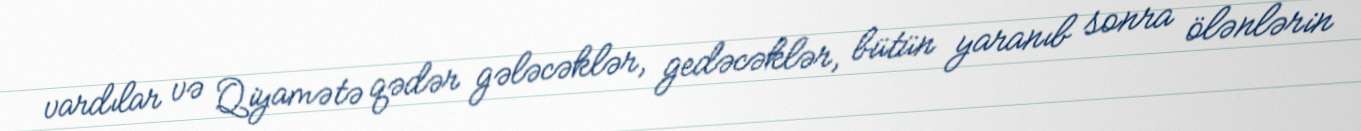
vardılar və Qiyamətə qədər gələcəklər, gedəcəklər, bütün yaranıb sonra ölənlərin